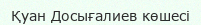
Қуан Досығалиев көшесі